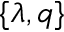
\{ \lambda , q \}